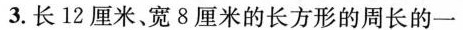
3.长12厘米、宽8厘米的长方形的周长的一